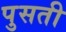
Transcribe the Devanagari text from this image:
पुसती